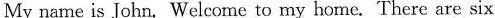
My name is John. Welcome to my home. There are six